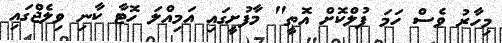
މިހާރު ވެސް ހަމަ ފުލްކޮށް އޮތީ" މާފުށީގައި އަމިއްލަަ ހޮޓާ ކާނި ވިލެޖްގައި